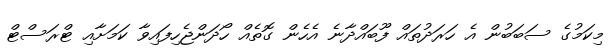
މިކަމުގެ ސަބަބުން އެ ހަރަދުތައް ފޫބައްދާނެ އެހެން ގޮތެއް ހޯދަންޖެހިފައިވާ ކަމަށާއި ޓްރަސްޓް